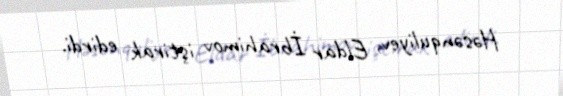
Həsənquliyev, Eldar İbrahimov iştirak edirdi.